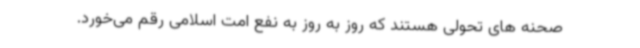
صحنه های تحولی هستند که روز به روز به نفع امت اسلامی رقم می‌خورد.